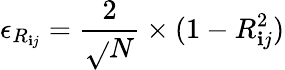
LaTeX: \epsilon_{R_{\mathbf{i}j}}=\frac{{2}}{{\sqrt{}{{N}}}}\times(1-R_{\mathbf{i}j}^{2})